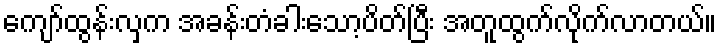
ကျော်ထွန်းလှက အခန်းတံခါးသော့ပိတ်ပြီး အတူထွက်လိုက်လာတယ်။